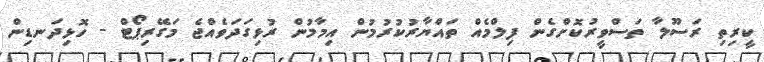
ކީރިތި ރަސޫލާ ތަސްވީރުކޮށްގެން ފިލްމެއް ތައްޔާރުކުރުމުން އިމާމުން ރުޅިގަދަވެއްޖެ މަގޭރިޕޯޓް - ހޮޅިދަނޑިން